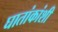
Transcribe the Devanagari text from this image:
घातांकांशी